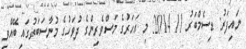
ނައިފަރު: ޑިސެމްބަރު 11 2014: މި އަހަރުގެ މަސްވެރިންގެ ދުވަހުގެ މުނާސަބަތުގައި ބޭއްވި